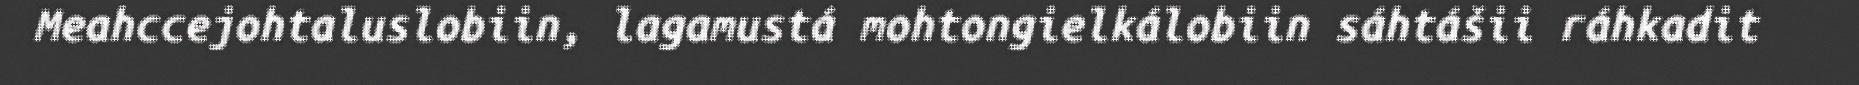
Meahccejohtaluslobiin, lagamustá mohtongielkálobiin sáhtášii ráhkadit